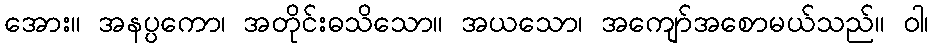
အေား။ အနပ္ပကော၊ အတိုင်းဓသိသော။ အယသော၊ အကျော်အစောမယ်သည်။ ဝါ၊